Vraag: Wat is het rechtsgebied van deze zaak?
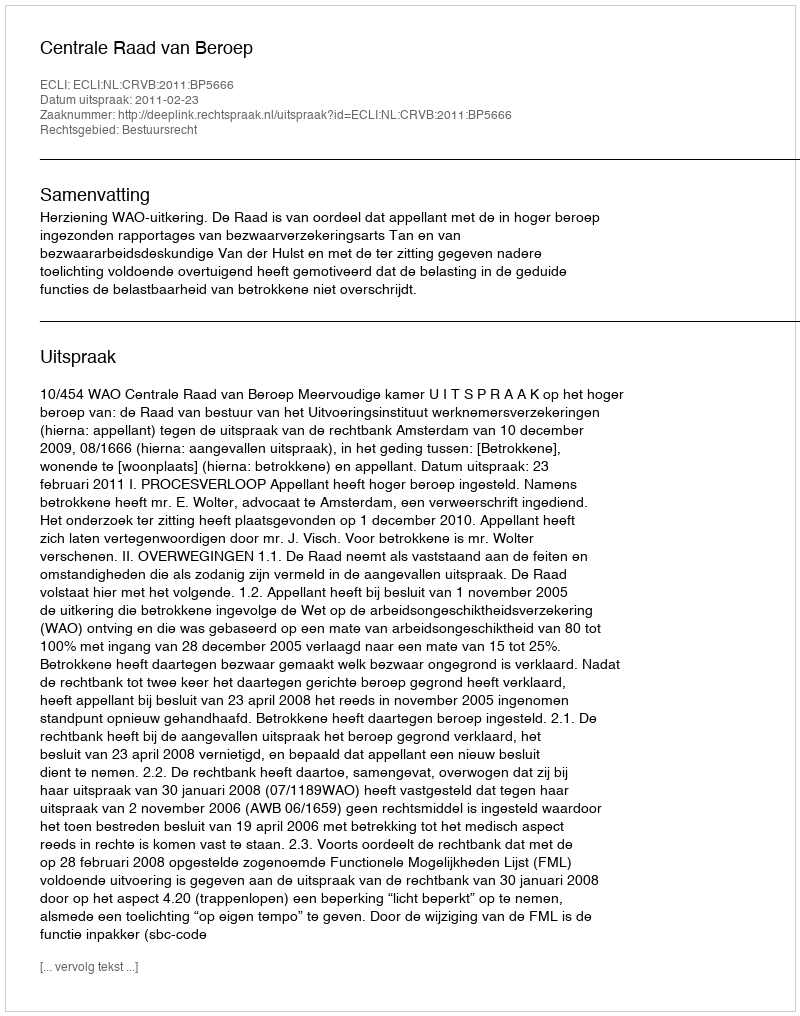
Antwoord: Bestuursrecht